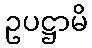
ဥပဋ္ဌာမိ